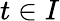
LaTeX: t\in I